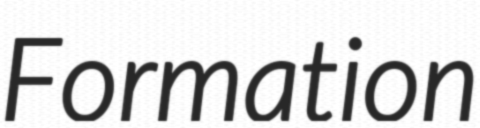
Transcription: Formation